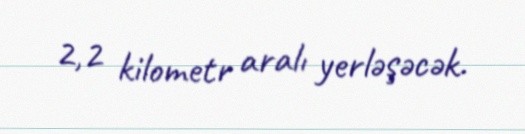
2,2 kilometr aralı yerləşəcək.